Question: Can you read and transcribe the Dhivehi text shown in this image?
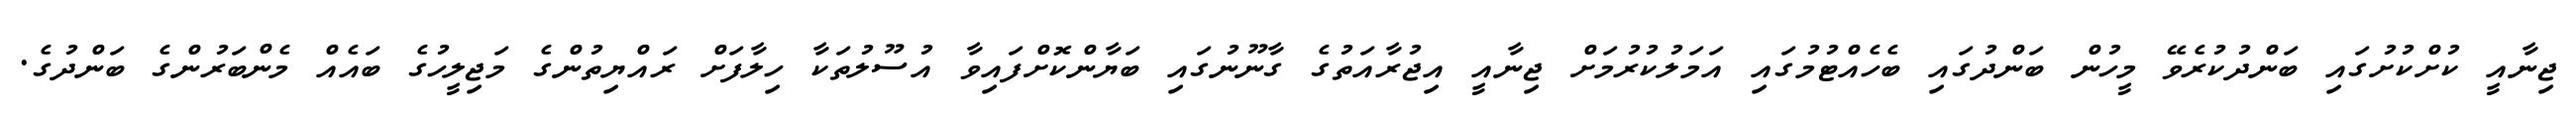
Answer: ޖިނާއީ ކުށްކުށުގައި ބަންދުކުރެވޭ މީހުން ބަންދުގައި ބެހެއްޓުމުގައި އަމަލުކުރުމަށް ޖިނާއީ އިޖުރާއަތުގެ ގާނޫނުގައި ބަޔާންކޮށްފައިވާ އުސޫލުތަކާ ހިލާފަށް ރައްޔިތުންގެ މަޖިލީހުގެ ބައެއް މެންބަރުންގެ ބަންދުގެ.